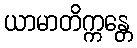
ယာမာတိက္ကန္တေ